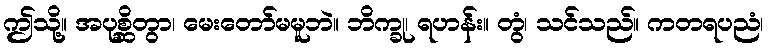
ဤသို့။ အပုစ္ဆိတွာ၊ မေးတော်မမူဘဲ။ ဘိက္ခု၊ ရဟန်း။ တွံ၊ သင်သည်။ ကတရပညံ၊